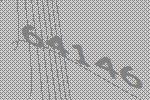
64146